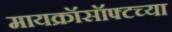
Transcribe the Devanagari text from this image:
मायक्रॉसॉफ्टच्या